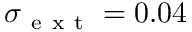
\sigma _ { \mathrm { ~ e ~ x ~ t ~ } } = 0 . 0 4